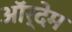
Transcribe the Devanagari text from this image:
ऑर्देम